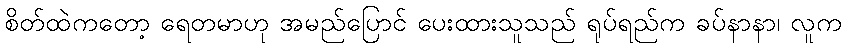
စိတ်ထဲကတော့ ရေတမာဟု အမည်ပြောင် ပေးထားသူသည် ရုပ်ရည်က ခပ်နာနာ၊ လူက